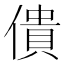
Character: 僓